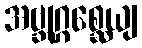
အဗ္ဘုဂ္ဂစ္ဆေယျ